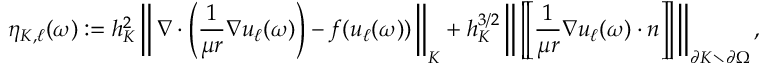
\eta _ { K , \ell } ( \boldsymbol \omega ) : = h _ { K } ^ { 2 } \left\Vert \, \nabla \cdot \left( \frac { 1 } { \mu r } \nabla u _ { \ell } ( \boldsymbol \omega ) \right) - f ( u _ { \ell } ( \boldsymbol \omega ) ) \, \right\Vert _ { K } + h _ { K } ^ { 3 / 2 } \left\Vert \, \left[ \! \left[ \frac { 1 } { \mu r } \nabla u _ { \ell } ( \boldsymbol \omega ) \cdot \boldsymbol n \right] \! \right] \, \right\Vert _ { \partial K \setminus \partial \Omega } ,